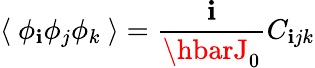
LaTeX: \langle~\phi_{\mathbf{i}}\phi_{j}\phi_{k}~\rangle=\frac{{\mathbf{i}}}{{\hbarJ_{0}}}C_{\mathbf{i}jk}